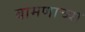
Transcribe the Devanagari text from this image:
बामणाच्या